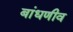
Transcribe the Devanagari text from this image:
बांधणीव